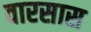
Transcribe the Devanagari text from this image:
वारसास